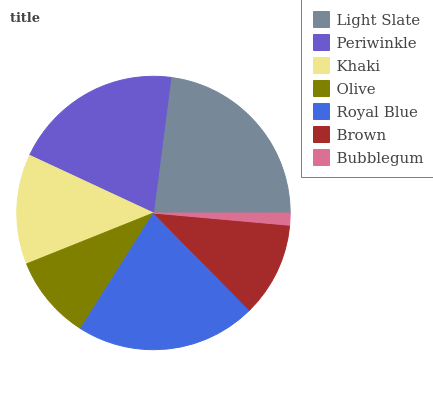
| Light Slate | Periwinkle | Khaki | Olive | Royal Blue | Brown | Bubblegum |
 | --- | --- | --- | --- | --- | --- | --- |
 | 22.9% | 20.1% | 13% | 9.99% | 21.3% | 11.2% | 1.43% |